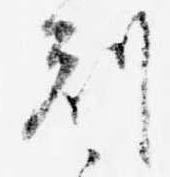
剋